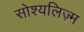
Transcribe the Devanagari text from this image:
सोश्यलिज़्म